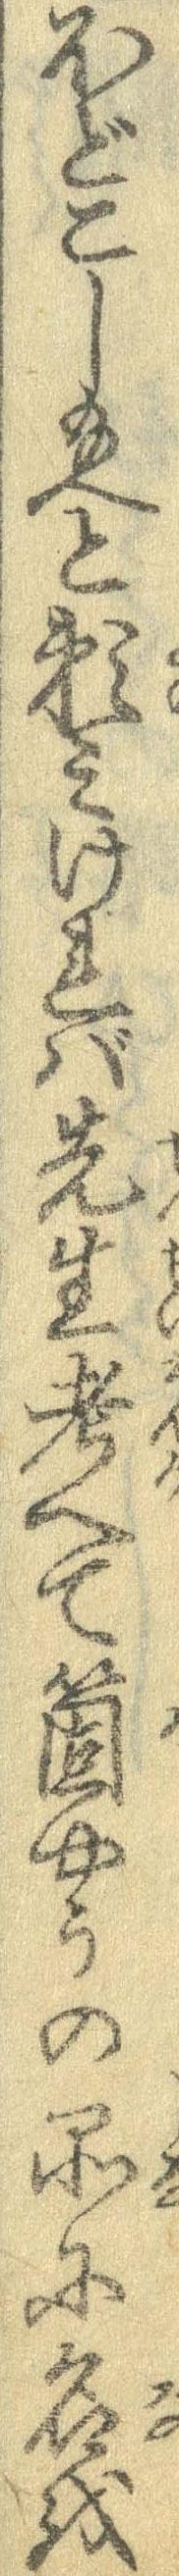
ほどこし給へと頼みければ先生考へて箇やうの品に名を